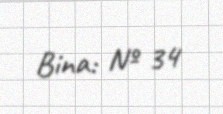
Bina: № 34